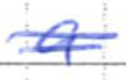
Text: a
Cross-out: double-line
Writing tool: ballpoint